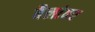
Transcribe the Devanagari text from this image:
बैलांवर